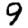
Digit: 9